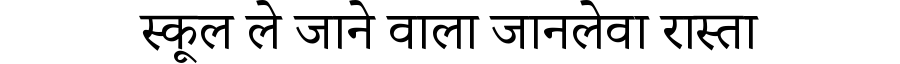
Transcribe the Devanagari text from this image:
स्कूल ले जाने वाला जानलेवा रास्ता